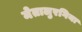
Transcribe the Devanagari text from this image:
मेतालुरगिया